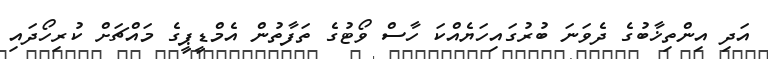
އަދި އިންތިޚާބުގެ ދެވަނަ ބުރުގައިހަޔެއްކަ ހާސް ވޯޓުގެ ތަފާތުން އެމްޑީޕީގެ މައްޗަށް ކުރިހޯދައި